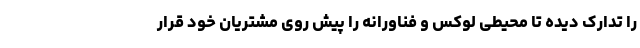
را تدارک دیده تا محیطی لوکس و فناورانه را پیش روی مشتریان خود قرار